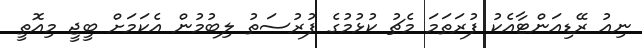
ނިއު ރޭޑިއަންޓާއެކު ފުރަތަމަ މެޗު ކުޅުމުގެ ފުރުސަތު ލިބުމުން އެކަމަށް ބީޖީ މިއޮތީ